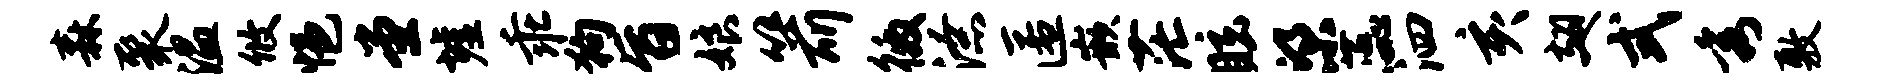
森聚温攸悒堂墟乖狗旨娘箭徼潦匿嵌茫眩梁蕊泗亥翅式秀敷